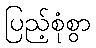
ပြည့်စုံစွာ